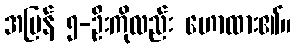
အပြန် ၅-ဦးကိုလည်း ဟောထား၏။